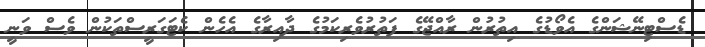
ޑެސްޓިނޭޝަންގެ އެވޯޑުގެ އިތުރުން ރާއްޖޭގެ ފަތުރުވެރިކަމުގެ ދާއިރާގެ އެހެން ކެޓަގަރީސްތަކުން ވެސް ވަނީ